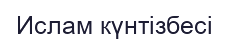
Ислам күнтізбесі